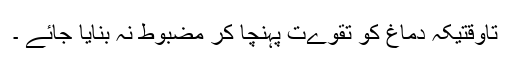
تاوقتیکہ دماغ کو تقوےت پہنچا کر مضبوط نہ بنایا جائے ۔